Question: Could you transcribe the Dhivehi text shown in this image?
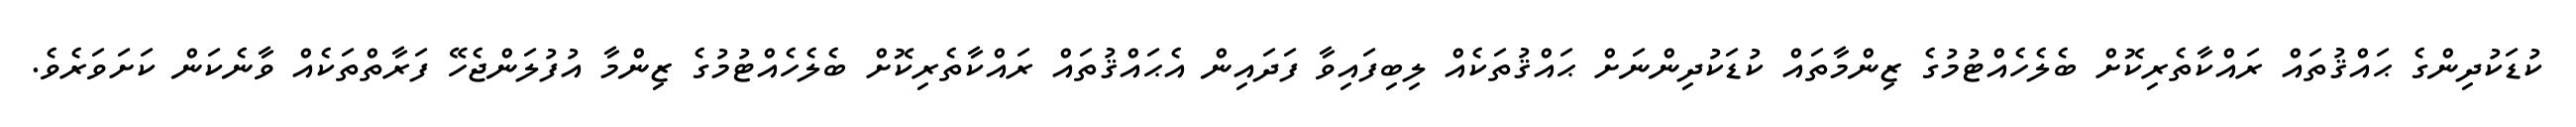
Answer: ކުޑަކުދިންގެ ޙައްޤުތައް ރައްކާތެރިކޮށް ބެލެހެއްޓުމުގެ ޒިންމާތައް ކުޑަކުދިންނަށް ޙައްޤުތަކެއް ލިބިފައިވާ ފަދައިން އެޙައްޤުތައް ރައްކާތެރިކޮށް ބެލެހެއްޓުމުގެ ޒިންމާ އުފުލަންޖެހޭ ފަރާތްތަކެއް ވާނެކަން ކަށަވަރެވެ.